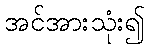
အင်အားသုံး၍